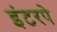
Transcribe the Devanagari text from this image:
इंटरपे